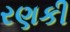
રણકી